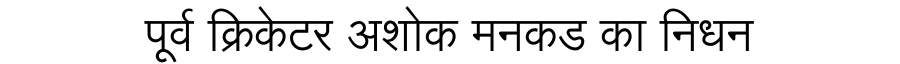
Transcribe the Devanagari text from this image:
पूर्व क्रिकेटर अशोक मनकड का निधन